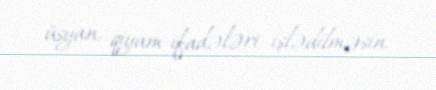
üsyan, qiyam ifadələri işlədilməsin.